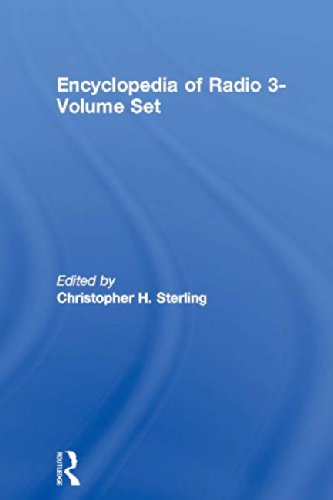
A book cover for Encyclopedia of Radio 3-Volume Set; Humor & Entertainment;